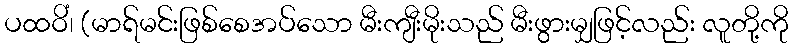
ပထဝိံ၊ (မာရ်မင်းဖြစ်စေအပ်သော မီးကျီးမိုးသည် မီးဖွားမျှဖြင့်လည်း လူတို့ကို